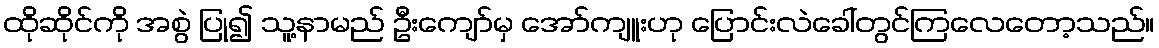
ထိုဆိုင်ကို အစွဲ ပြု၍ သူ့နာမည် ဦးကျော်မှ အော်ကျူးဟု ပြောင်းလဲခေါ်တွင်ကြလေတော့သည်။